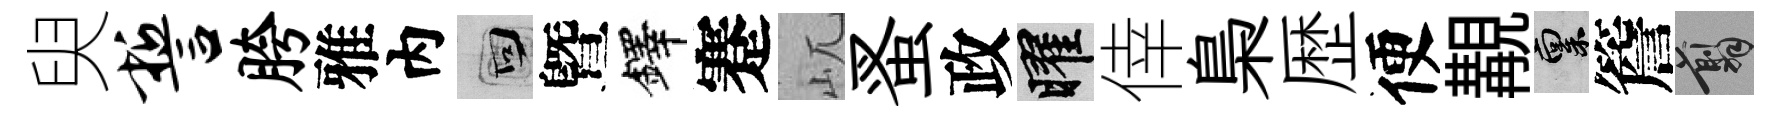
臾誓胯雅内回曁鐸蹇屼蚤政曜倖梟歴便覯禀簷翦